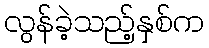
လွန်ခဲ့သည့်နှစ်က